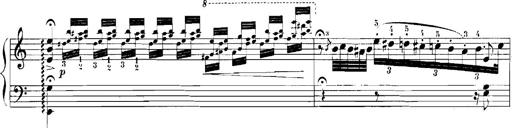
Title: Rhapsodies hongroises
Composer: Franz Liszt